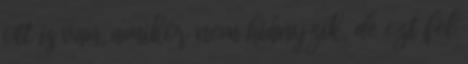
ott is van, amikor nem hiányzik, de ezt fel